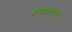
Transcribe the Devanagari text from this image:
हेपबर्नला